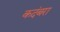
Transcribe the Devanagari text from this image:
कदंबरा